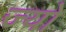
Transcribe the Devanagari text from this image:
ज्‍यो